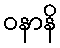
ဝနာနိ